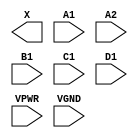
module sky130_fd_sc_hs__a2111o (
    X   ,
    A1  ,
    A2  ,
    B1  ,
    C1  ,
    D1  ,
    VPWR,
    VGND
);

    output X   ;
    input  A1  ;
    input  A2  ;
    input  B1  ;
    input  C1  ;
    input  D1  ;
    input  VPWR;
    input  VGND;
endmodule